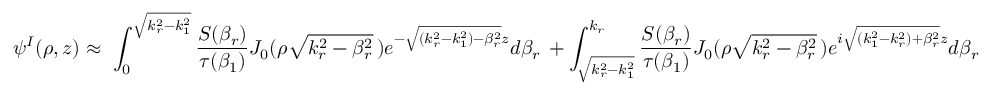
\psi ^ { I } ( \rho , z ) \approx \ \int _ { 0 } ^ { \sqrt { k _ { r } ^ { 2 } - k _ { 1 } ^ { 2 } } } \frac { S ( \beta _ { r } ) } { \tau ( \beta _ { 1 } ) } J _ { 0 } ( \rho \sqrt { k _ { r } ^ { 2 } - \beta _ { r } ^ { 2 } } \, ) e ^ { - \sqrt { ( k _ { r } ^ { 2 } - k _ { 1 } ^ { 2 } ) - \beta _ { r } ^ { 2 } } z } d \beta _ { r } \, + \int _ { \sqrt { k _ { r } ^ { 2 } - k _ { 1 } ^ { 2 } } } ^ { k _ { r } } \frac { S ( \beta _ { r } ) } { \tau ( \beta _ { 1 } ) } J _ { 0 } ( \rho \sqrt { k _ { r } ^ { 2 } - \beta _ { r } ^ { 2 } } \, ) e ^ { i \sqrt { ( k _ { 1 } ^ { 2 } - k _ { r } ^ { 2 } ) + \beta _ { r } ^ { 2 } } z } d \beta _ { r }